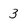
Character: 3